Document type: Grant
Year: 1232
Scribe: Berenguer de Clos
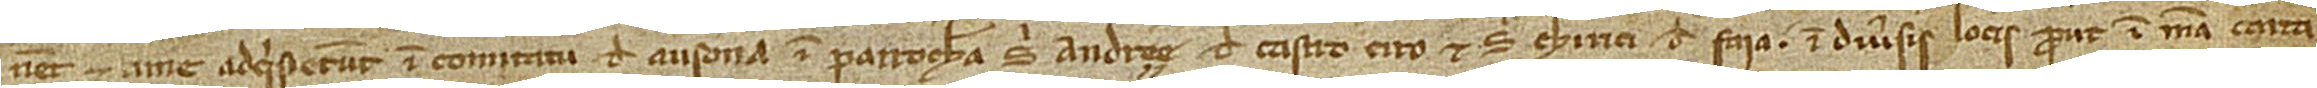
nent et a me adquisierunt in comitatu Ausona, in parrochia Sancti Andree de Castro Ciro et Sancti Chirici de Faia, in diversis locis, prout in mea carta